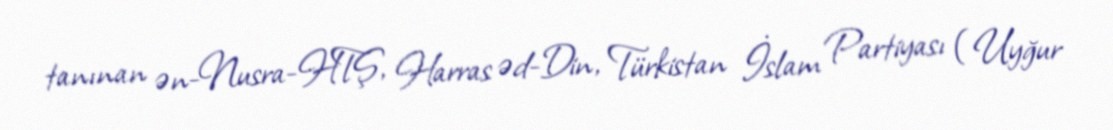
tanınan ən-Nusra-HTŞ, Harras əd-Din, Türkistan İslam Partiyası (Uyğur